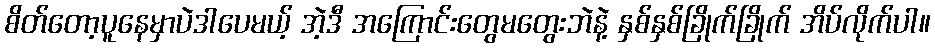
စိတ်တော့ပူနေမှာပဲဒါပေမယ့် အဲ့ဒီ အကြောင်းတွေမတွေးဘဲနဲ့ နှစ်နှစ်ခြိုက်ခြိုက် အိပ်လိုက်ပါ။